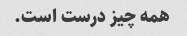
همه چیز درست است.